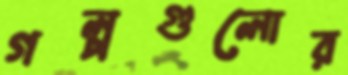
গল্পগুলোর